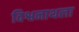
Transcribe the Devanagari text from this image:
विश्वनाथला